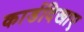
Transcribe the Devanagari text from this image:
कार्डदिखाए